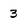
Character: 3